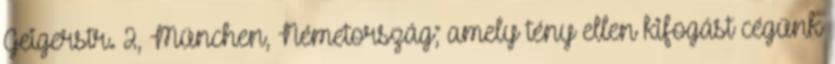
Geigerstr. 2, München, Németország; amely tény ellen kifogást cégünk